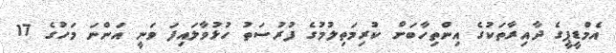
އެމްޑީޕީގެ ދާއިރާތަކުގެ އިންތިހާބަށް ކުރިމަތިލުމުގެ ފުރުސަތު ހުޅުވާލަައިފަ ވަނީ އަންނަ މަހުގެ 17